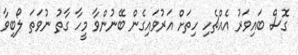
ގޮސް ބައިވަރު އެއްޗެހި ހިތަށް އަރުވައިގެން ބޭނުންވާ މީހާ ގާތު ނުވަތަ ލޯބިވާ